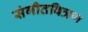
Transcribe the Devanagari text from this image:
संगीतवित्रण